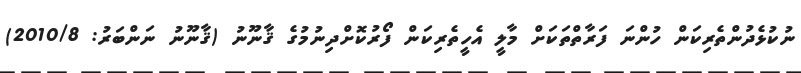
ނުކުޅެދުންތެރިކަން ހުންނަ ފަރާތްތަކަށް މާލީ އެހީތެރިކަން ފޯރުކޮށްދިނުމުގެ ޤާނޫނު (ޤާނޫނު ނަންބަރު: 2010/8)